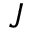
J